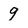
Character: 9